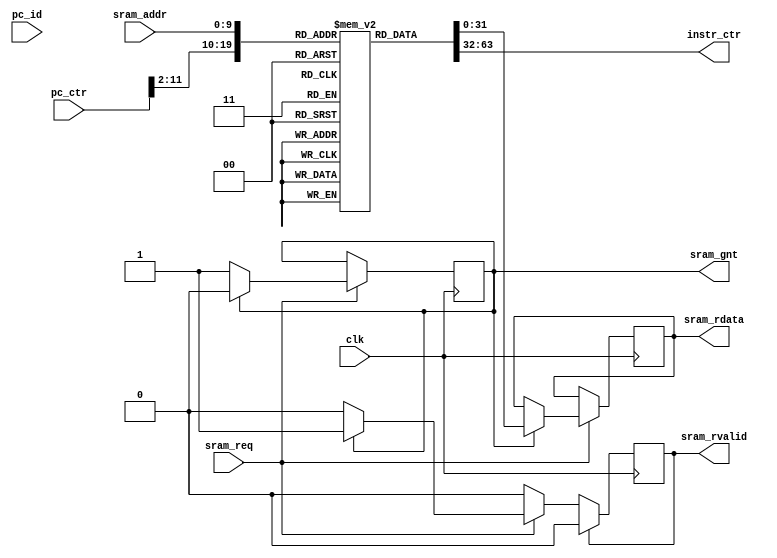
module ibex_imem #(
    parameter   DEPTH = 1024
) (
    input                   clk,
    input                   sram_req,
    output                  sram_gnt,
    output                  sram_rvalid,
    input [9 : 0]           sram_addr,
    output[31 : 0]          sram_rdata,
    input [31:0]            pc_ctr,
    output [31:0]           instr_ctr,
    input [31:0]            pc_id,
);

    //// for contract
    wire [31:0] pc_ctr;
    wire [31:0] instr_ctr;
    assign instr_ctr = imem[pc_ctr[11:2]];
    wire [31:0] instr_id;
    assign instr_id = imem [pc_id[11:2]];


    reg   [31 : 0]          imem[0 : DEPTH - 1];
    reg   [31 : 0]          sram_rdata_t;
    reg                     sram_gnt_t;
    reg                     sram_rvalid_t;

    always @(posedge clk) begin
        if (sram_req) begin
            if (sram_gnt_t == 0) begin
                sram_gnt_t <= 1;
            end
            else begin
                sram_gnt_t <= 0;
            end
            if (sram_gnt_t == 1) begin
                sram_rdata_t <= imem[sram_addr];
                sram_rvalid_t <= 1;
            end
        end

        if (sram_rvalid_t == 1) begin
            sram_rvalid_t <= 0;
        end

    end
    assign sram_rdata = sram_rdata_t;
    assign sram_gnt = sram_gnt_t;
    assign sram_rvalid = sram_rvalid_t;
 
endmodule